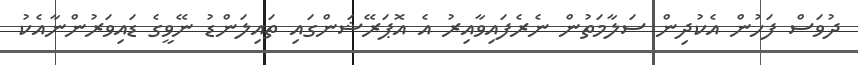
ދުވަސް ފަހުން އެކުދިން ސަލާމަތުން ނެރެފައިވާއިރު އެ އޮޕަރޭޝަންގައި ތައިލަންޑު ނޭވީގެ ޑައިވަރުންނާއެކު